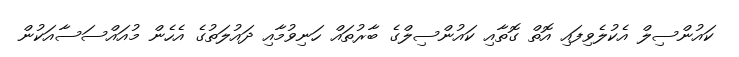
ކައުންސިލް އެކުލެވިފައި އޮތް ގޮތާއި ކައުންސިލްގެ ބާރުތައް ހަނިވުމާއި ދައުލަތުގެ އެހެން މުއައްސަސާއަކުން